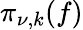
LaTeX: \pi_{\nu,k}(f)